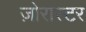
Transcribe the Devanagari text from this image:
ज़ोरास्टर